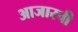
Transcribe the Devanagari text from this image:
आजारची